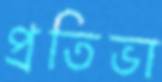
প্রতিভা